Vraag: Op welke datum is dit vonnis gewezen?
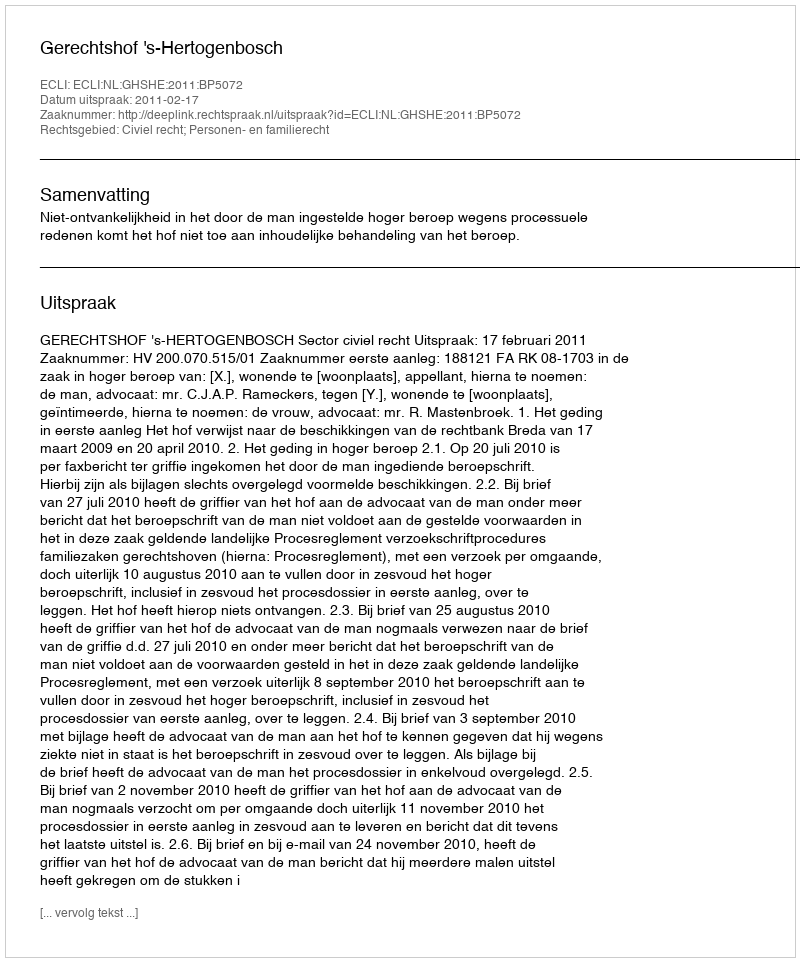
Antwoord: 2011-02-17